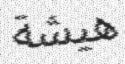
ھيشة